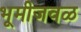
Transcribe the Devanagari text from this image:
भूमीजवळ